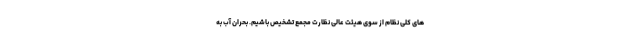
های کلی نظام از سوی هیئت عالی نظارت مجمع تشخیص باشیم. بحران آب به